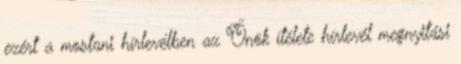
ezért a mostani hírlevélben az Önök ítélete hírlevél megnyitási